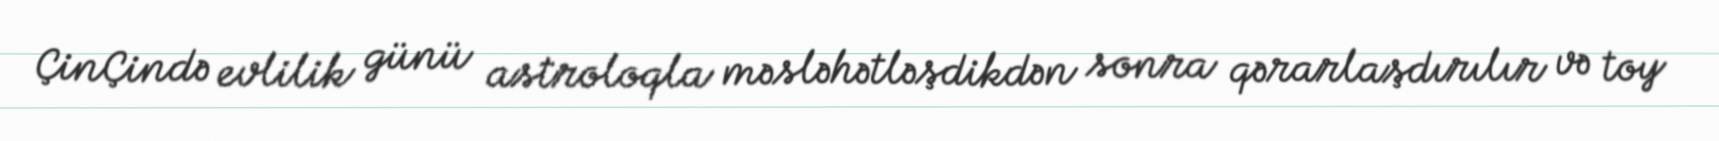
ÇinÇində evlilik günü astroloqla məsləhətləşdikdən sonra qərarlaşdırılır və toy